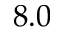
8 . 0